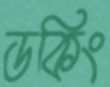
ডকিং